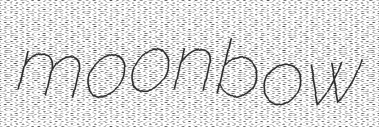
moonbow